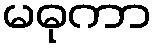
မဓုကာ